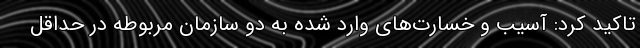
تاکید کرد: آسیب و خسارت‌های وارد شده به دو سازمان مربوطه در حداقل